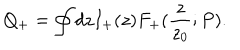
Q _ { + } = \oint d z I _ { + } ( z ) F _ { + } ( { \frac { z } { z _ { 0 } } } ; P ) .